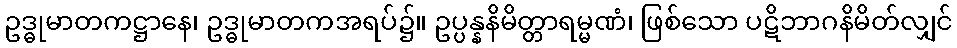
ဥဒ္ဓုမာတကဋ္ဌာနေ၊ ဥဒ္ဓုမာတကအရပ်၌။ ဥပ္ပန္နနိမိတ္တာရမ္မဏံ၊ ဖြစ်သော ပဋိဘာဂနိမိတ်လျှင်